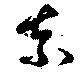
奈